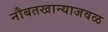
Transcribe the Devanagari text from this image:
नौबतखान्याजवळ